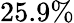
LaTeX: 25.9\%